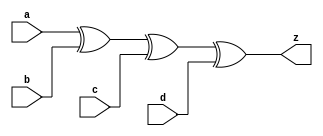
//#############################################################################
//# Function: 4-Input Exclusive-Or Gate                                       #
//# Copyright: OH Project Authors. ALl rights Reserved.                       #
//# License:  MIT (see LICENSE file in OH repository)                         #
//#############################################################################

module asic_xor4 #(parameter PROP = "DEFAULT")   (
    input  a,
    input  b,
    input  c,
    input  d,
    output z
    );

   assign z =  a ^ b ^ c ^ d;

endmodule